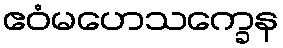
ဧဝံမဟေသက္ခေန